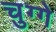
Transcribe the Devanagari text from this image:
चुग्गे